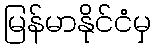
မြန်မာနိုင်ငံမှ